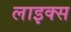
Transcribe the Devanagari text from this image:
लाइक्‍स